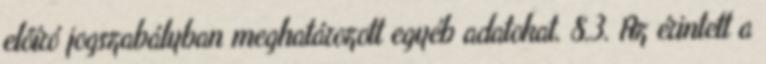
előíró jogszabályban meghatározott egyéb adatokat. 8.3. Az érintett a